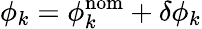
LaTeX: \phi_{k}=\phi_{k}^{\mathrm{nom}}+\delta\phi_{k}